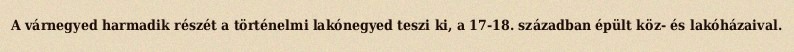
A várnegyed harmadik részét a történelmi lakónegyed teszi ki, a 17-18. században épült köz- és lakóházaival.